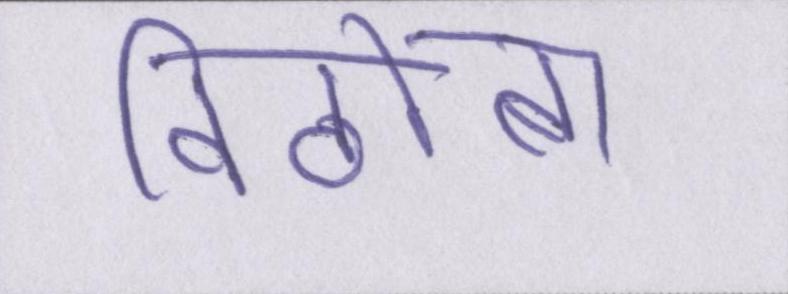
विठोबा